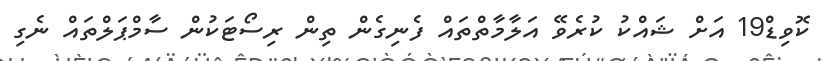
ކޮވިޑް19 އަށް ޝައްކު ކުރެވޭ އަލާމާތްތައް ފެނިގެން ތިން ރިސޯޓަކުން ސާމްޕަލްތައް ނެގި